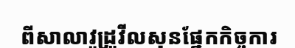
ពីសាលាវូដ្រូវីលសុនផ្នែកកិច្ចការ